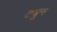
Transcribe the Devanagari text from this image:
टबून